Report on vaccination North-West Frontier Province 1904-1922 - 1904-1922
Year: 1904
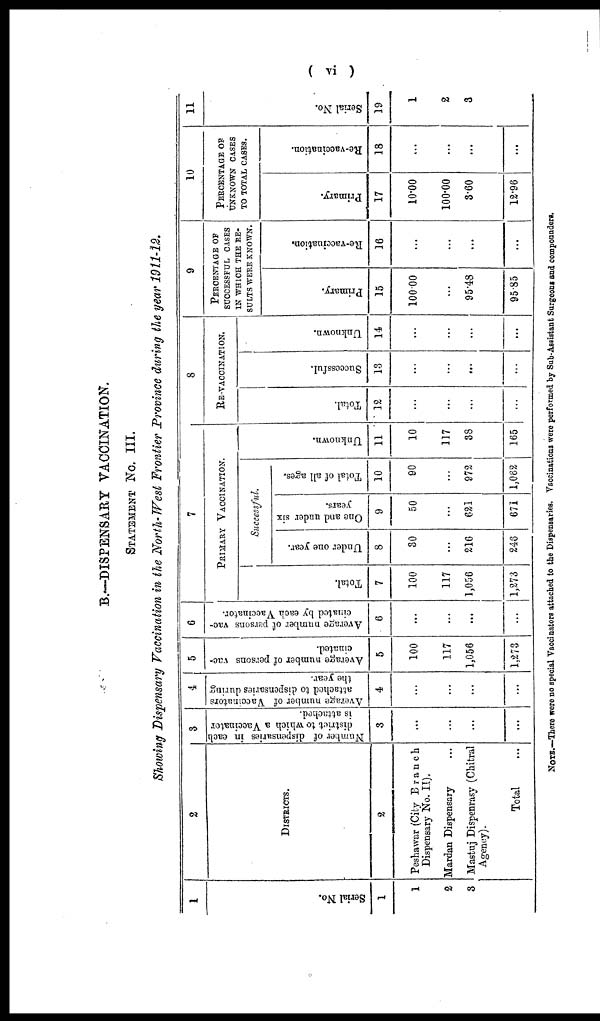
( vi )
B.—DISPENSARY VACCINATION.
STATEMENT No. III.
Showing Dispensary Vaccination in the North-West Frontier Province during the year 1911-12.
1
Serial No.
1
1
2
3
2
DISTRICTS.
2
Peshawar (City Branch
Dispensary No. II).
Mardan Dispensary ...
Mastuj Dispenrasy (Chitral
Agency).
Total ...
3
Number of dispensaries in each
district to which a Vaccinator
is attached.
3
...
...
...
...
4
Average number of Vaccinators
attached to dispensaries during
the year.
4
...
...
...
...
5
Average number of persons vac-
cinated.
5
100
117
1,056
1,273
6
Average number of persons vac-
cinated by each Vaccinator.
6
...
...
...
...
7
PRIMARY VACCINATION.
Total.
7
100
117
1,056
1,273
Successful.
Under one year.
8
30
...
216
246
One and under six
years.
9
50
...
621
671
Total of all ages.
10
90
...
972
1,062
Unknown.
11
10
117
38
165
8
RE-VACCINATION.
Total.
12
...
...
...
...
Successful.
13
...
...
...
...
Unknown.
14
...
...
...
...
9
PERCENTAGE OF
SUCCESSFUL CASES
IN WHICH THE RE-
SULTS WERE KNOWN.
Primary.
15
100.00
...
95.48
95.85
Re-vaccination.
16
...
...
...
...
10
PERCENTAGE OF
UNKNOWN CASES
TO TOTAL CASES.
Primary.
17
10.00
100.00
3.60
12.96
Re-vaccination.
18
...
...
...
...
11
Serial No.
19
1
2
3
NOTE.—There were no special Vaccinators attached to the Dispensaries. Vaccinations were performed by Sub-Assistant Surgeons and compounders.